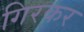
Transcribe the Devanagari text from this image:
गिरकर